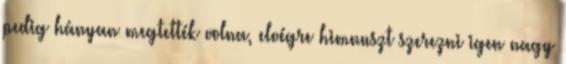
pedig hányan megtették volna, elvégre himnuszt szerezni igen nagy